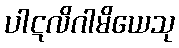
ပါဋလိဂါမိယေသု